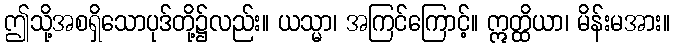
ဤသို့အစရှိသောပုဒ်တို့၌လည်း။ ယသ္မာ၊ အကြင်ကြောင့်။ ဣတ္ထိယာ၊ မိန်းမအား။